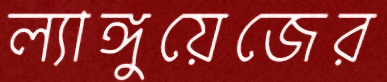
ল্যাঙ্গুয়েজের